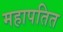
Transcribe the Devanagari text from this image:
महापतित